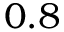
0 . 8